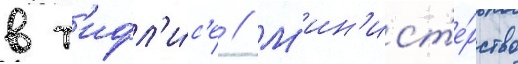
в т'ифл'и́с'е // М'ин'ист'е́рство